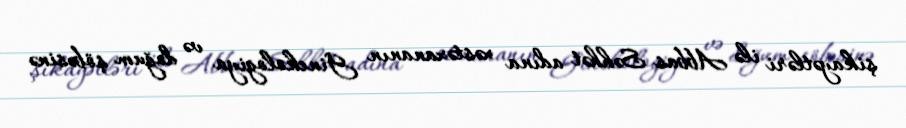
şikayətləri ilə Abbas Səhhət adına xəstəxananın Ginekologiya və doğum şöbəsinə